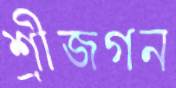
শ্রীজগন